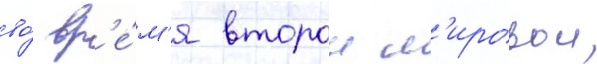
во́ вр'е́м'я второи м'ировои